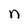
Character: n